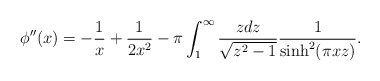
\begin{align*}\phi''(x) = - \frac{1}{x} + \frac{1}{2 x^2} - \pi \int_1^\infty\frac{z dz}{\sqrt{z^2-1}} \frac{1}{\sinh^2(\pi x z)}.\end{align*}